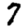
Digit: 7